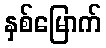
နှစ်မြောက်